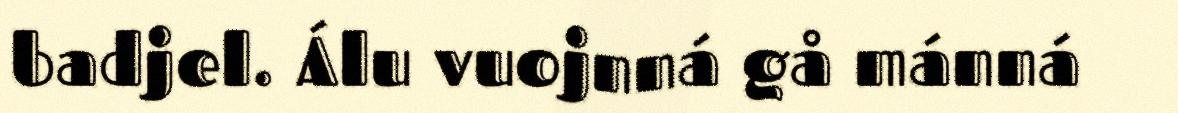
badjel. Álu vuojnná gå mánná